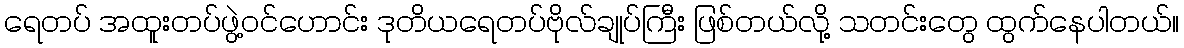
ရေတပ် အထူးတပ်ဖွဲ့ဝင်ဟောင်း ဒုတိယရေတပ်ဗိုလ်ချုပ်ကြီး ဖြစ်တယ်လို့ သတင်းတွေ ထွက်နေပါတယ်။